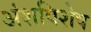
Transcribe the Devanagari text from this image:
अंशविशेष